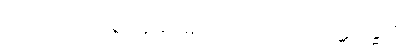
ဧဝံ၊ သို့။ တာဝ၊ စွာ။ နာမမေဝ၊ သည်သာလျှင်။ ပဋိသန္ဓိယံ၊